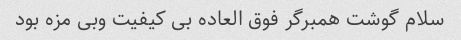
سلام گوشت همبرگر فوق العاده بی کیفیت وبی مزه بود